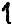
1